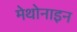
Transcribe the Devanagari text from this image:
मेथोनाइन